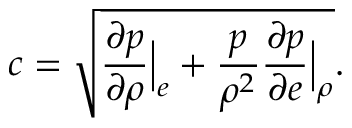
c = \sqrt { \frac { \partial p } { \partial \rho } \Big | _ { e } + \frac { p } { \rho ^ { 2 } } \frac { \partial p } { \partial e } \Big | _ { \rho } } .